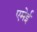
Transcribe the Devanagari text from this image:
एमेई